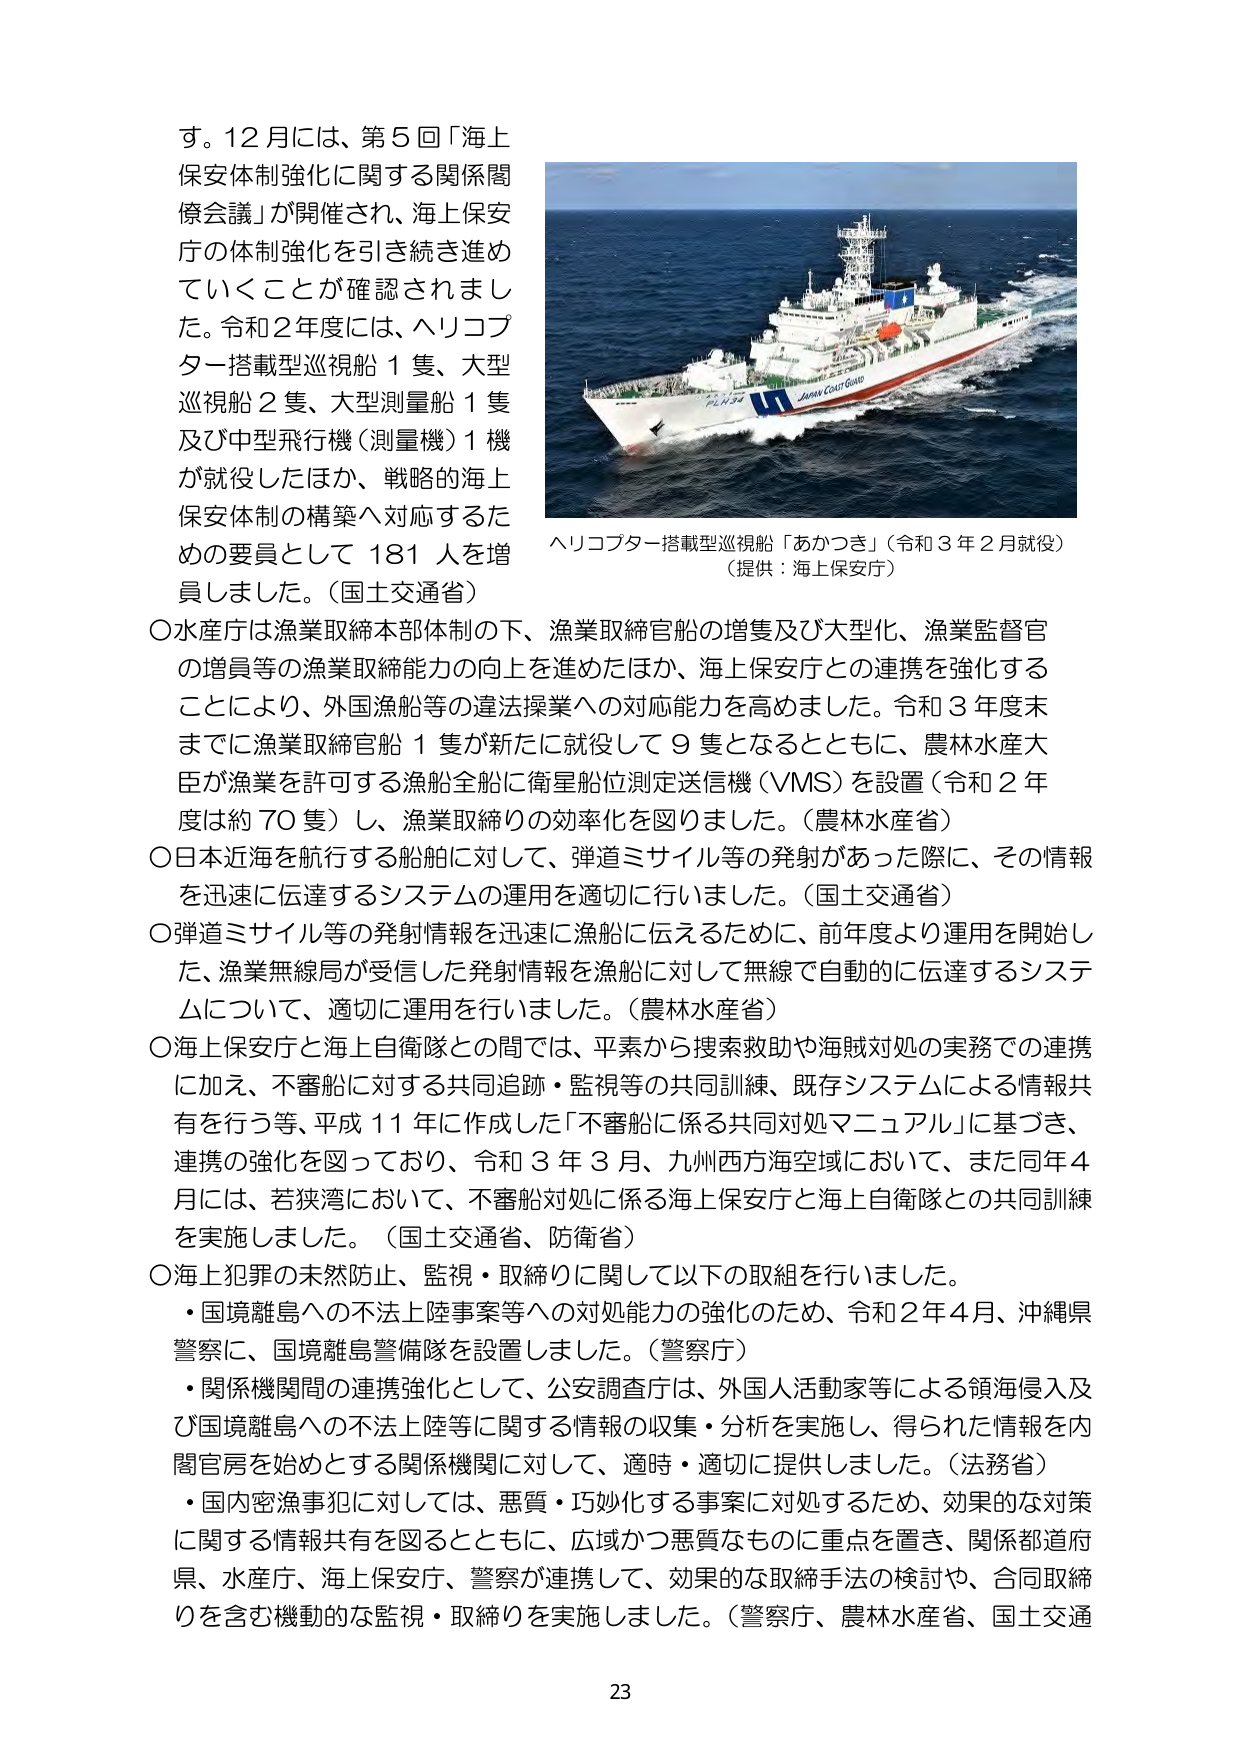
す。12月には、第5回「海上保安体制強化に関する関係閣僚会議」が開催され、海上保安庁の体制強化を引き続き進めていくことが確認されました。令和2年度には、ヘリコプター搭載型巡視船1隻、大型巡視船2隻、大型測量船1隻及び中型飛行機（測量機）1機が就役したほか、戦略的海上保安体制の構築へ対応するための要員として181人を増員しました。（国土交通省）

○水産庁は漁業取締本部体制の下、漁業取締官船の増隻及び大型化、漁業監督官の増員等の漁業取締能力の向上を進めたほか、海上保安庁との連携を強化することにより、外国漁船等の違法操業への対応能力を高めました。令和3年度末までに漁業取締官船1隻が新たに就役して9隻となるとともに、農林水産大臣が漁業を許可する漁船全船に衛星船位測定送信機（VMS）を設置（令和2年度は約70隻）し、漁業取締りの効率化を図りました。（農林水産省）

○日本近海を航行する船舶に対して、弾道ミサイル等の発射があった際に、その情報を迅速に伝達するシステムの運用を適切に行いました。（国土交通省）

○弾道ミサイル等の発射情報を迅速に漁船に伝えるために、前年度より運用を開始した、漁業無線局が受信した発射情報を漁船に対して無線で自動的に伝達するシステムについて、適切に運用を行いました。（農林水産省）

○海上保安庁と海上自衛隊との間では、平素から捜索救助や海賊対処の実務での連携に加え、不審船に対する共同追跡・監視等の共同訓練、既存システムによる情報共有を行う等、平成11年に作成した「不審船に係る共同対処マニュアル」に基づき、連携の強化を図っており、令和3年3月、九州西方海空域において、また同年4月には、若狭湾において、不審船対処に係る海上保安庁と海上自衛隊との共同訓練を実施しました。（国土交通省、防衛省）

○海上犯罪の未然防止、監視・取締りに関して以下の取組を行いました。
・国境離島への不法上陸事案等への対処能力の強化のため、令和2年4月、沖縄県警察に、国境離島警備隊を設置しました。（警察庁）
・関係機関間の連携強化として、公安調査庁は、外国人活動家等による領海侵入及び国境離島への不法上陸等に関する情報の収集・分析を実施し、得られた情報を内閣官房を始めとする関係機関に対して、適時・適切に提供しました。（法務省）
・国内密漁事犯に対しては、悪質・巧妙化する事案に対処するため、効果的な対策に関する情報共有を図るとともに、広域かつ悪質なものに重点を置き、関係都道府県、水産庁、海上保安庁、警察が連携して、効果的な取締手法の検討や、合同取締りを含む機動的な監視・取締りを実施しました。（警察庁、農林水産省、国土交通省）

ヘリコプター搭載型巡視船「あかつき」（令和3年2月就役）
（提供：海上保安庁）

23